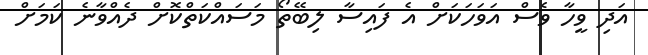
އަދި ވީހާ ވެސް އަވަހަކަށް އެ ފައިސާ ލިބޭތޯ މަސައްކަތްކޮށް ދެއްވާނެ ކަމަށް